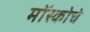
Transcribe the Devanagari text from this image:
मॉस्कोचे